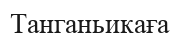
Танганьикаға